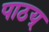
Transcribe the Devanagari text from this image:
पाठय्‌